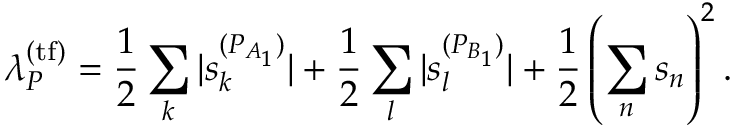
\lambda _ { P } ^ { ( \mathrm { t f } ) } = \frac { 1 } { 2 } \sum _ { k } | s _ { k } ^ { ( P _ { A _ { 1 } } ) } | + \frac { 1 } { 2 } \sum _ { l } | s _ { l } ^ { ( P _ { B _ { 1 } } ) } | + \frac { 1 } { 2 } \left( \sum _ { n } s _ { n } \right) ^ { 2 } .